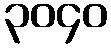
၃၀၄၀